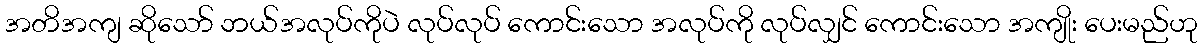
အတိအကျ ဆိုသော် ဘယ်အလုပ်ကိုပဲ လုပ်လုပ် ကောင်းသော အလုပ်ကို လုပ်လျှင် ကောင်းသော အကျိုး ပေးမည်ဟု